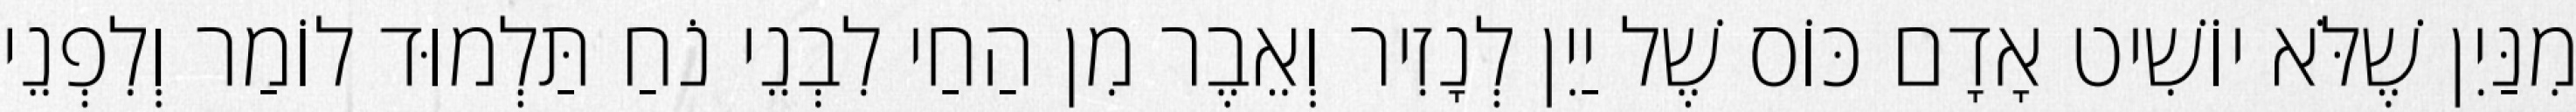
מִנַּיִן שֶׁלֹּא יוֹשִׁיט אָדָם כּוֹס שֶׁל יַיִן לְנָזִיר וְאֵבֶר מִן הַחַי לִבְנֵי נֹחַ תַּלְמוּד לוֹמַר וְלִפְנֵי